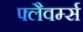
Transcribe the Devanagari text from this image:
फ्लैवर्म्स